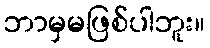
ဘာမှမဖြစ်ပါဘူး။